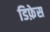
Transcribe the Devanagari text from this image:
डिफ़ेस